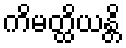
ကိမတ္ထိယန္တိ